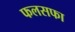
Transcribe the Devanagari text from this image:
फलसफा